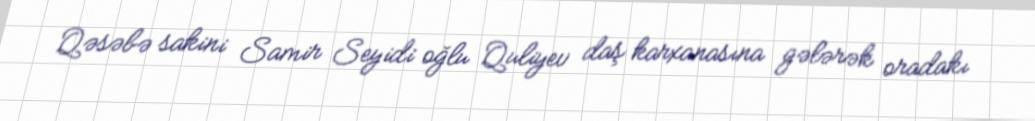
Qəsəbə sakini Samir Seyidi oğlu Quliyev daş karxanasına gələrək oradakı